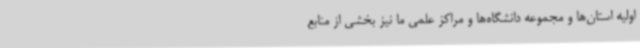
اولیه استان‌ها و مجموعه دانشگاه‌ها و مراکز علمی ما نیز بخشی از منابع